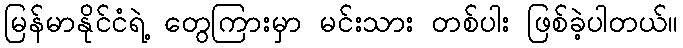
မြန်မာနိုင်ငံရဲ့ တွေကြားမှာ မင်းသား တစ်ပါး ဖြစ်ခဲ့ပါတယ်။